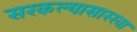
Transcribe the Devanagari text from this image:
सरकल्यासारखा